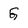
Character: G